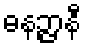
ဓနဉ္ဇာနီ